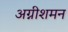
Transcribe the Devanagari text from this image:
अग्नीशमन